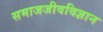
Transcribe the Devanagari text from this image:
समाजजीवविज्ञान